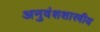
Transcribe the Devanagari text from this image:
अनुवंशशास्त्रीय